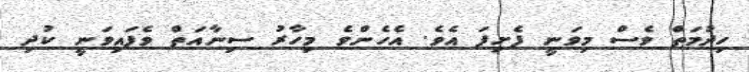
ހިދުމަތް ވެސް މިވަނީ ފެށިފަ އެވެ. އެހެންވެ މިހާރު ސިނާއަތް ވެފައިވަނީ ކުދި